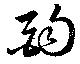
酌